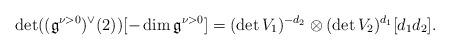
LaTeX: \begin{align*}\det((\mathfrak{g}^{\nu>0})^{\vee}(2))[-\dim \mathfrak{g}^{\nu>0}]=(\det V_1)^{-d_2} \otimes (\det V_2)^{d_1}[d_1 d_2].\end{align*}